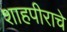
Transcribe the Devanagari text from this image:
शाहपीराचे